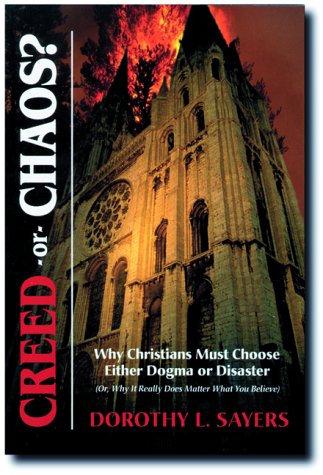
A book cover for Creed or Chaos?; Dorothy L. Sayers; Christian Books & Bibles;